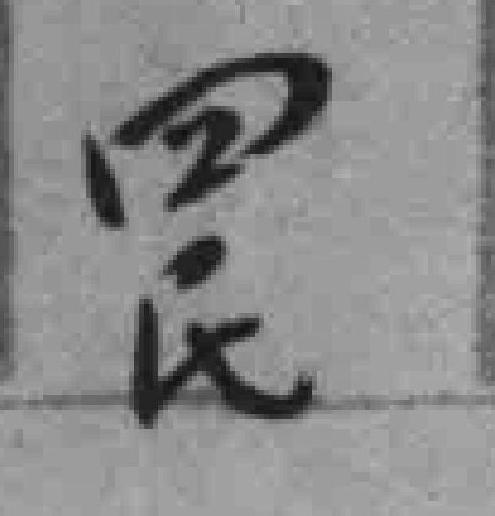
四民